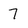
Character: 7